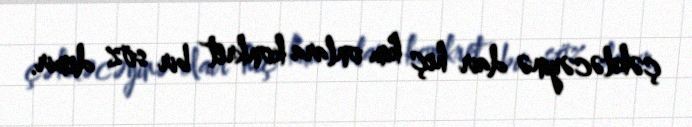
çəkiləcəyinə dair heç kim onlara konkret bir söz demir.